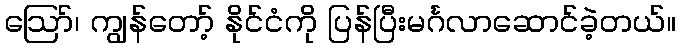
ဪ၊ ကျွန်တော့် နိုင်ငံကို ပြန်ပြီးမင်္ဂလာဆောင်ခဲ့တယ်။